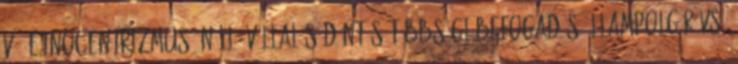
vö. etnocentrizmus Önálló vállalás döntés Többségi befogadás Állampolgár vs.